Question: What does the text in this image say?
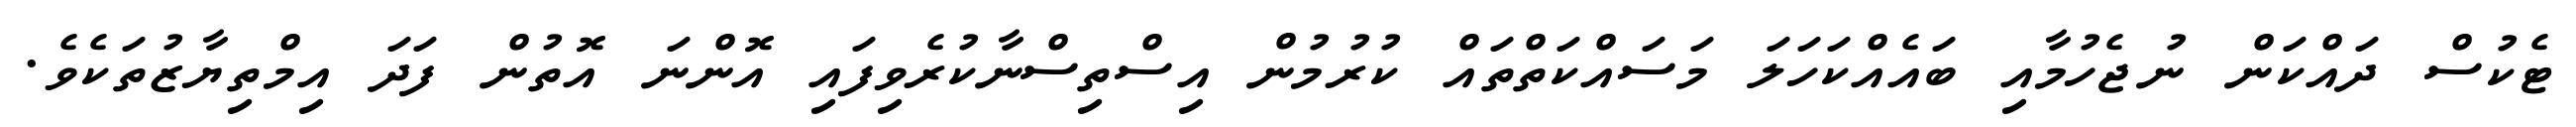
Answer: ޓެކުސް ދައްކަން ނުޖެހުމާއި ބައެއްކަހަލަ މަސައްކަތްތައް ކުރުމުން އިސްތިސްނާކުރެވިފައި އޮންނަ އޮތުން ފަދަ އިމްތިޔާޒުތަކެވެ.